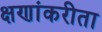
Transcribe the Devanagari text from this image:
क्षणांकरीता